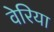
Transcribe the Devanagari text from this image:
वेरिया